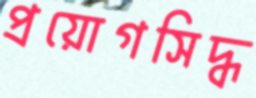
প্রয়োগসিদ্ধ